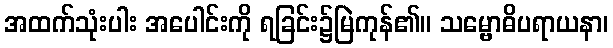
အထက်သုံးပါး အပေါင်းကို ရခြင်း၌မြဲကုန်၏။ သမ္ဗောဓိပရာယနာ၊